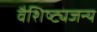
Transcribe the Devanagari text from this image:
वैशिष्ट्यजन्य